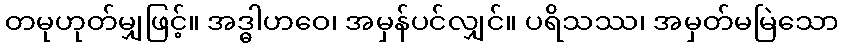
တမုဟုတ်မျှဖြင့်။ အဒ္ဓါဟဝေ၊ အမှန်ပင်လျှင်။ ပရိသဿ၊ အမှတ်မမြဲသော